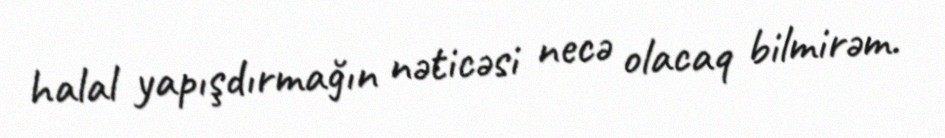
halal yapışdırmağın nəticəsi necə olacaq bilmirəm.